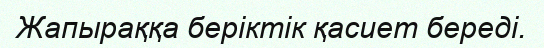
Жапыраққа беріктік қасиет береді.